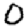
Digit: 0